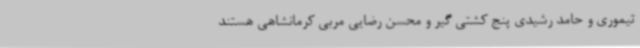
تیموری و حامد رشیدی پنج کشتی گیر و محسن رضایی مربی کرمانشاهی هستند